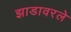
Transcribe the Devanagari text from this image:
झाडावरले